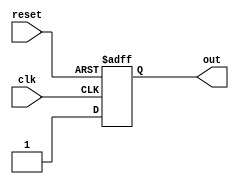
module behavioral_model (
    input wire clk,
    input wire reset,
    output reg out
);

always @(posedge clk or negedge reset) begin
    if (reset == 1'b0) begin
        // reset condition
        out <= 1'b0;
    end else begin
        // positive edge of clock condition
        out <= 1'b1;
    end
end

endmodule